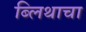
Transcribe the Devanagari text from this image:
ब्लिथाचा